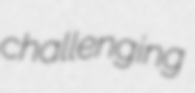
challenging